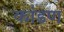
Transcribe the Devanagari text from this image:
कांडण